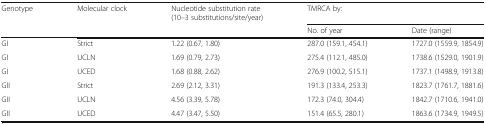
<table><thead><tr><td rowspan="2"><b>Genotype</b></td><td rowspan="2"><b>Molecular clock</b></td><td><b>Nucleotide substitution rate (10–3 substitutions/site/year)</b></td><td colspan="2"><b>TMRCA by:</b></td></tr><tr><td></td><td><b>No. of year</b></td><td><b>Date (range)</b></td></tr></thead><tbody><tr><td>GI</td><td>Strict</td><td>1.22 (0.67, 1.80)</td><td>287.0 (159.1, 454.1)</td><td>1727.0 (1559.9, 1854.9)</td></tr><tr><td>GI</td><td>UCLN</td><td>1.69 (0.79, 2.73)</td><td>275.4 (112.1, 485.0)</td><td>1738.6 (1529.0, 1901.9)</td></tr><tr><td>GI</td><td>UCED</td><td>1.68 (0.88, 2.62)</td><td>276.9 (100.2, 515.1)</td><td>1737.1 (1498.9, 1913.8)</td></tr><tr><td>GII</td><td>Strict</td><td>2.69 (2.12, 3.31)</td><td>191.3 (133.4, 253.3)</td><td>1823.7 (1761.7, 1881.6)</td></tr><tr><td>GII</td><td>UCLN</td><td>4.56 (3.39, 5.78)</td><td>172.3 (74.0, 304.4)</td><td>1842.7 (1710.6, 1941.0)</td></tr><tr><td>GII</td><td>UCED</td><td>4.47 (3.47, 5.50)</td><td>151.4 (65.5, 280.1)</td><td>1863.6 (1734.9, 1949.5)</td></tr></tbody></table>